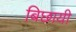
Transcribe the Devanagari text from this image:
बिछायी